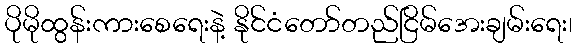
ပိုမိုထွန်းကားစေရေးနဲ့ နိုင်ငံတော်တည်ငြိမ်အေးချမ်းရေး၊